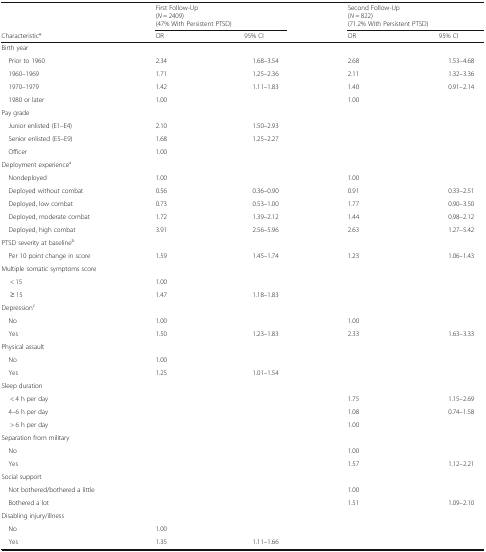
<table><thead><tr><td></td><td colspan="2"><b>First Follow-Up(<i>N</i> = 2409)(47% With Persistent PTSD)</b></td><td colspan="2"><b>Second Follow-Up(<i>N</i> = 822)(71.2% With Persistent PTSD)</b></td></tr><tr><td><b>Characteristic*</b></td><td><b>OR</b></td><td><b>95% CI</b></td><td><b>OR</b></td><td><b>95% CI</b></td></tr></thead><tbody><tr><td colspan="5">Birth year</td></tr><tr><td> Prior to 1960</td><td>2.34</td><td>1.68–3.54</td><td>2.68</td><td>1.53–4.68</td></tr><tr><td> 1960–1969</td><td>1.71</td><td>1.25–2.36</td><td>2.11</td><td>1.32–3.36</td></tr><tr><td> 1970–1979</td><td>1.42</td><td>1.11–1.83</td><td>1.40</td><td>0.91–2.14</td></tr><tr><td> 1980 or later</td><td>1.00</td><td></td><td>1.00</td><td></td></tr><tr><td colspan="5">Pay grade</td></tr><tr><td> Junior enlisted (E1–E4)</td><td>2.10</td><td>1.50–2.93</td><td></td><td></td></tr><tr><td> Senior enlisted (E5–E9)</td><td>1.68</td><td>1.25–2.27</td><td></td><td></td></tr><tr><td> Officer</td><td>1.00</td><td></td><td></td><td></td></tr><tr><td colspan="5">Deployment experience<sup>a</sup></td></tr><tr><td> Nondeployed</td><td>1.00</td><td></td><td>1.00</td><td></td></tr><tr><td> Deployed without combat</td><td>0.56</td><td>0.36–0.90</td><td>0.91</td><td>0.33–2.51</td></tr><tr><td> Deployed, low combat</td><td>0.73</td><td>0.53–1.00</td><td>1.77</td><td>0.90–3.50</td></tr><tr><td> Deployed, moderate combat</td><td>1.72</td><td>1.39–2.12</td><td>1.44</td><td>0.98–2.12</td></tr><tr><td> Deployed, high combat</td><td>3.91</td><td>2.56–5.96</td><td>2.63</td><td>1.27–5.42</td></tr><tr><td colspan="5">PTSD severity at baseline<sup>b</sup></td></tr><tr><td> Per 10 point change in score</td><td>1.59</td><td>1.45–1.74</td><td>1.23</td><td>1.06–1.43</td></tr><tr><td colspan="5">Multiple somatic symptoms score</td></tr><tr><td>&lt; 15</td><td>1.00</td><td></td><td></td><td></td></tr><tr><td>≥ 15</td><td>1.47</td><td>1.18–1.83</td><td></td><td></td></tr><tr><td colspan="5">Depression<sup>c</sup></td></tr><tr><td> No</td><td>1.00</td><td></td><td>1.00</td><td></td></tr><tr><td> Yes</td><td>1.50</td><td>1.23–1.83</td><td>2.33</td><td>1.63–3.33</td></tr><tr><td colspan="5">Physical assault</td></tr><tr><td> No</td><td>1.00</td><td></td><td></td><td></td></tr><tr><td> Yes</td><td>1.25</td><td>1.01–1.54</td><td></td><td></td></tr><tr><td colspan="5">Sleep duration</td></tr><tr><td>&lt; 4 h per day</td><td></td><td></td><td>1.75</td><td>1.15–2.69</td></tr><tr><td> 4–6 h per day</td><td></td><td></td><td>1.08</td><td>0.74–1.58</td></tr><tr><td>&gt; 6 h per day</td><td></td><td></td><td>1.00</td><td></td></tr><tr><td colspan="5">Separation from military</td></tr><tr><td> No</td><td></td><td></td><td>1.00</td><td></td></tr><tr><td> Yes</td><td></td><td></td><td>1.57</td><td>1.12–2.21</td></tr><tr><td colspan="5">Social support</td></tr><tr><td> Not bothered/bothered a little</td><td></td><td></td><td>1.00</td><td></td></tr><tr><td> Bothered a lot</td><td></td><td></td><td>1.51</td><td>1.09–2.10</td></tr><tr><td colspan="5">Disabling injury/illness</td></tr><tr><td> No</td><td>1.00</td><td></td><td></td><td></td></tr><tr><td> Yes</td><td>1.35</td><td>1.11–1.66</td><td></td><td></td></tr></tbody></table>